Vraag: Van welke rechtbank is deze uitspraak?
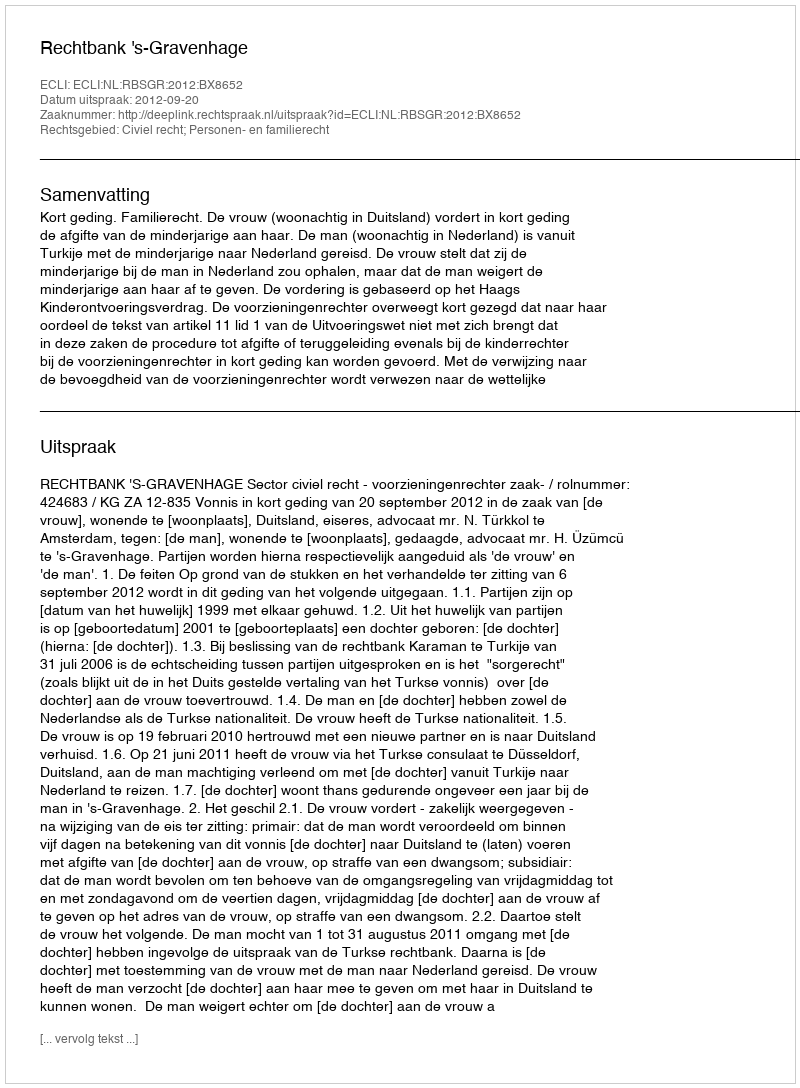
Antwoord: Rechtbank 's-Gravenhage